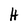
Character: H